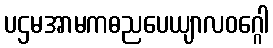
ပဌမအာမကဓညပေယျာလဝဂ္ဂေါ